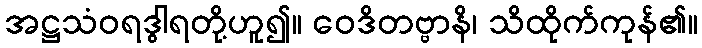
အဋ္ဌသံဝရဒွါရတို့ဟူ၍။ ဝေဒိတဗ္ဗာနိ၊ သိထိုက်ကုန်၏။